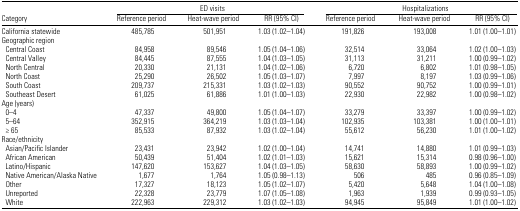
<table><thead><tr><td></td><td colspan="3"><b>ED visits</b></td><td colspan="3"><b>Hospitalizations</b></td></tr><tr><td><b>Category</b></td><td><b>Reference period</b></td><td><b>Heat-wave period</b></td><td><b>RR (95% CI)</b></td><td><b>Reference period</b></td><td><b>Heat-wave period</b></td><td><b>RR (95% CI)</b></td></tr></thead><tbody><tr><td>California statewide</td><td>485,785</td><td>501,951</td><td>1.03 (1.02–1.04)</td><td>191,826</td><td>193,008</td><td>1.01 (1.00–1.01)</td></tr><tr><td colspan="7">Geographic region</td></tr><tr><td> Central Coast</td><td>84,958</td><td>89,546</td><td>1.05 (1.04–1.06)</td><td>32,514</td><td>33,064</td><td>1.02 (1.00–1.03)</td></tr><tr><td> Central Valley</td><td>84,445</td><td>87,555</td><td>1.04 (1.03–1.05)</td><td>31,113</td><td>31,211</td><td>1.00 (0.99–1.02)</td></tr><tr><td> North Central</td><td>20,330</td><td>21,131</td><td>1.04 (1.02–1.06)</td><td>6,720</td><td>6,802</td><td>1.01 (0.98–1.05)</td></tr><tr><td> North Coast</td><td>25,290</td><td>26,502</td><td>1.05 (1.03–1.07)</td><td>7,997</td><td>8,197</td><td>1.03 (0.99–1.06)</td></tr><tr><td> South Coast</td><td>209,737</td><td>215,331</td><td>1.03 (1.02–1.03)</td><td>90,552</td><td>90,752</td><td>1.00 (0.99–1.01)</td></tr><tr><td> Southeast Desert</td><td>61,025</td><td>61,886</td><td>1.01 (1.00–1.03)</td><td>22,930</td><td>22,982</td><td>1.00 (0.98–1.02)</td></tr><tr><td colspan="7">Age (years)</td></tr><tr><td> 0–4</td><td>47,337</td><td>49,800</td><td>1.05 (1.04–1.07)</td><td>33,279</td><td>33,397</td><td>1.00 (0.99–1.02)</td></tr><tr><td> 5–64</td><td>352,915</td><td>364,219</td><td>1.03 (1.03–1.04)</td><td>102,935</td><td>103,381</td><td>1.00 (1.00–1.01)</td></tr><tr><td> ≥ 65</td><td>85,533</td><td>87,932</td><td>1.03 (1.02–1.04)</td><td>55,612</td><td>56,230</td><td>1.01 (1.00–1.02)</td></tr><tr><td colspan="7">Race/ethnicity</td></tr><tr><td> Asian/Pacific Islander</td><td>23,431</td><td>23,942</td><td>1.02 (1.00–1.04)</td><td>14,741</td><td>14,880</td><td>1.01 (0.99–1.03)</td></tr><tr><td> African American</td><td>50,439</td><td>51,404</td><td>1.02 (1.01–1.03)</td><td>15,621</td><td>15,314</td><td>0.98 (0.96–1.00)</td></tr><tr><td> Latino/Hispanic</td><td>147,620</td><td>153,627</td><td>1.04 (1.03–1.05)</td><td>58,630</td><td>58,893</td><td>1.00 (0.99–1.02)</td></tr><tr><td> Native American/Alaska Native</td><td>1,677</td><td>1,764</td><td>1.05 (0.98–1.13)</td><td>506</td><td>485</td><td>0.96 (0.85–1.09)</td></tr><tr><td> Other</td><td>17,327</td><td>18,123</td><td>1.05 (1.02–1.07)</td><td>5,420</td><td>5,648</td><td>1.04 (1.00–1.08)</td></tr><tr><td> Unreported</td><td>22,328</td><td>23,779</td><td>1.07 (1.05–1.08)</td><td>1,963</td><td>1,939</td><td>0.99 (0.93–1.05)</td></tr><tr><td> White</td><td>222,963</td><td>229,312</td><td>1.03 (1.02–1.03)</td><td>94,945</td><td>95,849</td><td>1.01 (1.00–1.02)</td></tr></tbody></table>